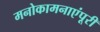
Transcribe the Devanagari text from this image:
मनोकामनाएंपूरी